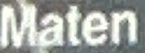
Maten